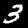
Label: 3